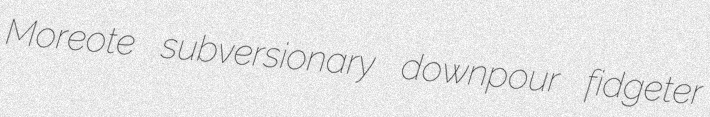
Moreote subversionary downpour fidgeter